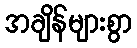
အချိန်များစွာ